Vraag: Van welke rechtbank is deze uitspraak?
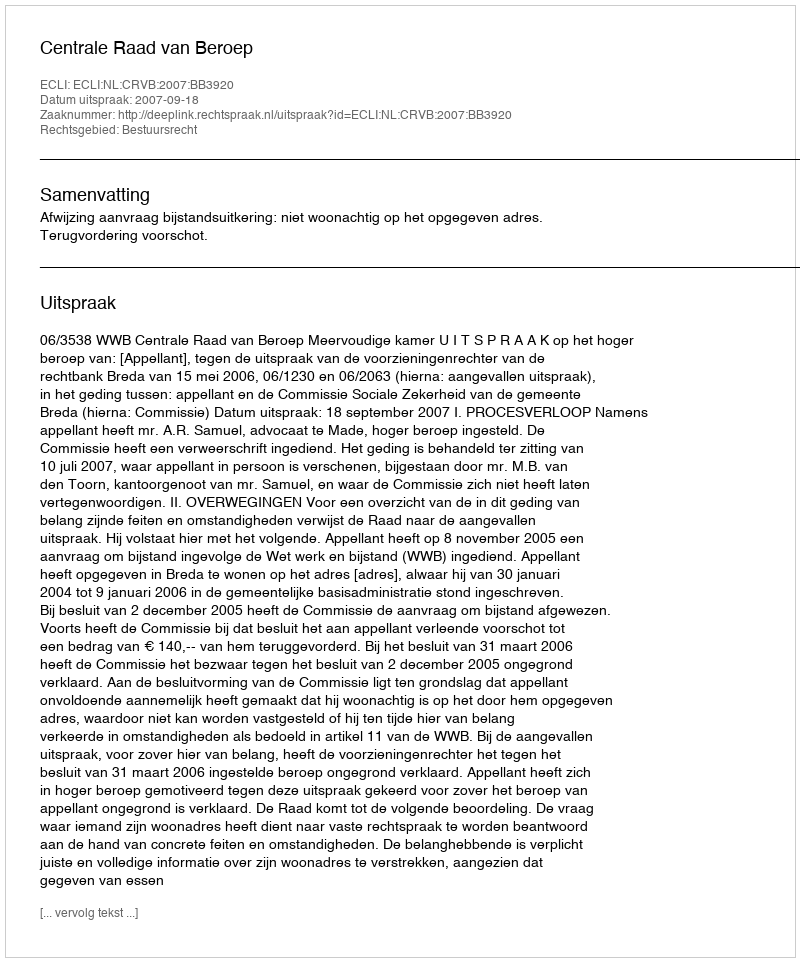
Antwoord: Centrale Raad van Beroep